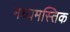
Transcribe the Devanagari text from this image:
मध्यमस्तिक